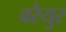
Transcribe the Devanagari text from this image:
वरैयुर